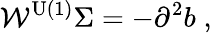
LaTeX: \mathcal{W}^{\mathrm{U(1)}}\Sigma=-\partial^{2}b\; ,